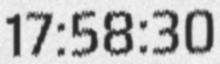
17:58:30